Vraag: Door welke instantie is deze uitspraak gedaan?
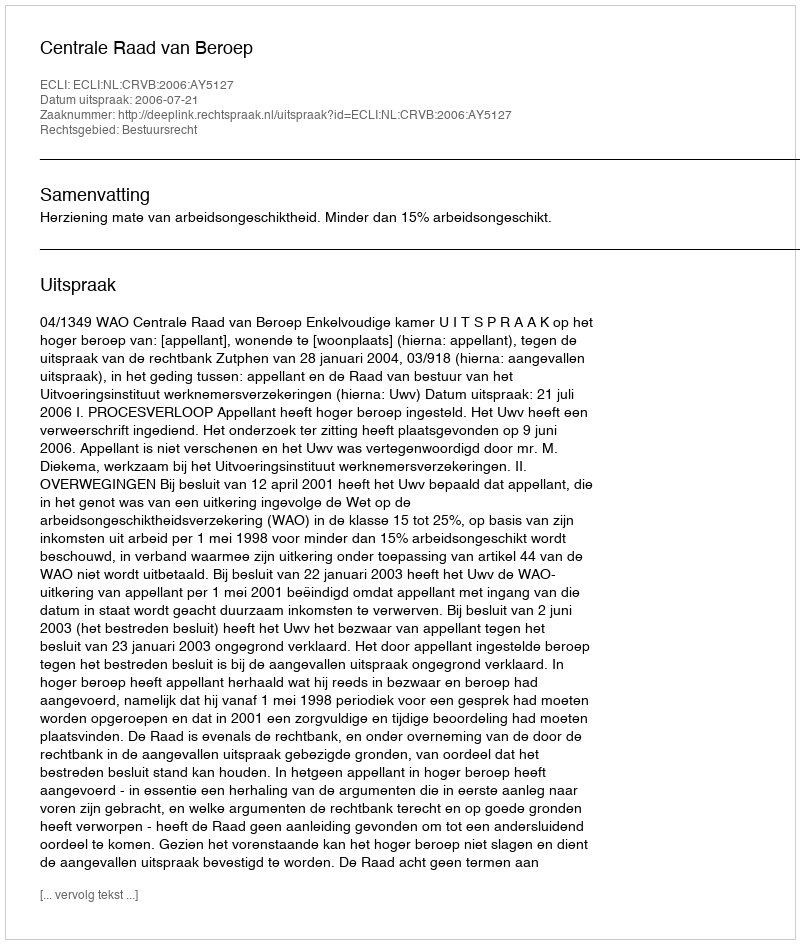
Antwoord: Centrale Raad van Beroep